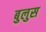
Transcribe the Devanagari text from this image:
बुलुस